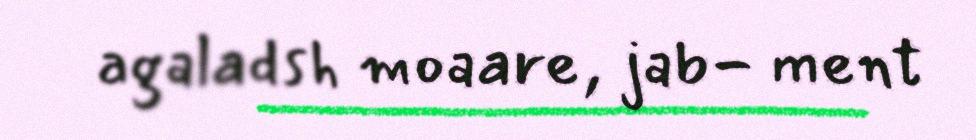
agaladsh moaare, jab- ment